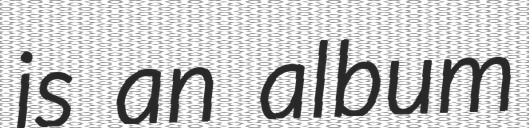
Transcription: is an album